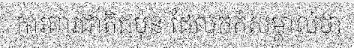
ការពារជាតិជប៉ុន ដែលកត់សម្គាល់ថា